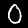
Label: 0